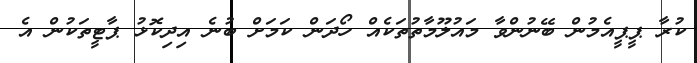
ކުރާ ޕީޕީއެމުން ބޭނުންވާ މައުލޫމާތުތަކެއް ހޯދަން ކަމަށް ބުނެ އިދިކޮޅު ޕާޓީތަކުން އެ